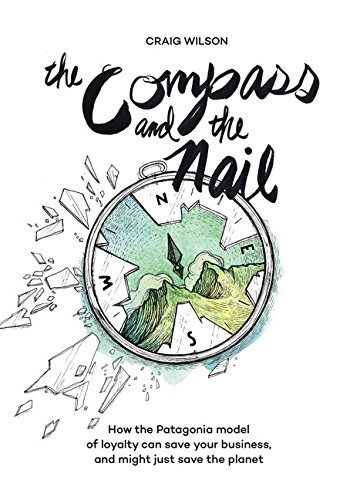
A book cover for The Compass and the Nail: How the Patagonia Model of Loyalty Can Save Your Business, and Might Just Save the Planet; Craig Wilson; Business & Money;